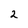
Character: 2